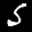
Label: 5